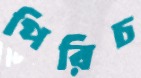
পিরিচ